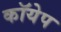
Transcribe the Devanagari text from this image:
कॉयेप